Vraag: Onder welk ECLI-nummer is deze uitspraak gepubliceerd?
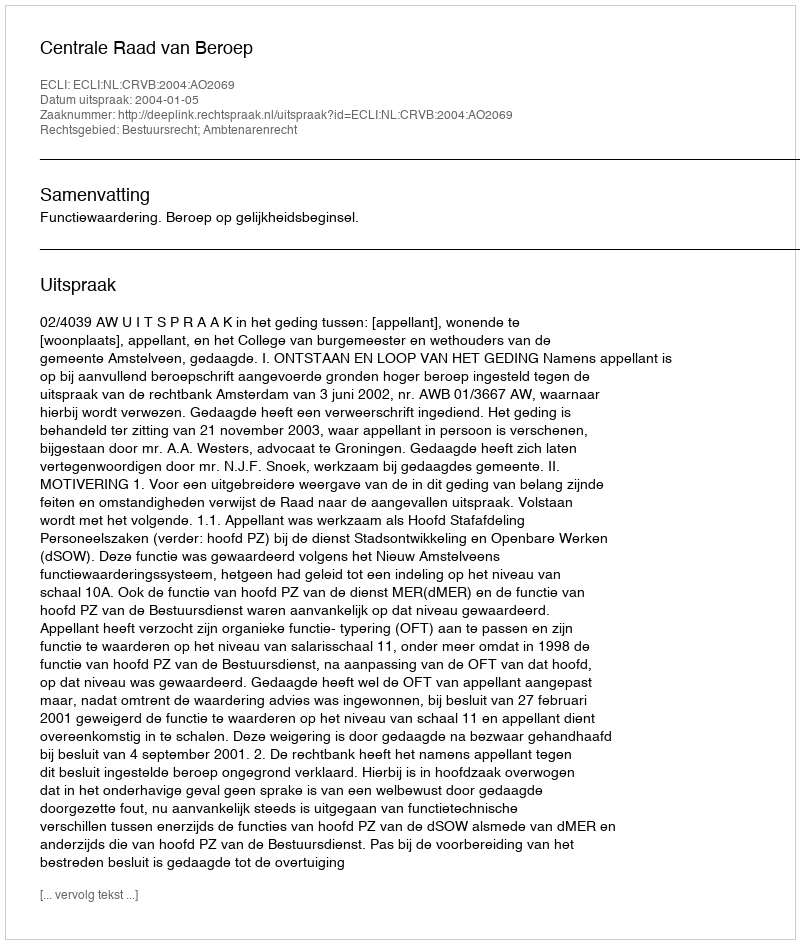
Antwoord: ECLI:NL:CRVB:2004:AO2069